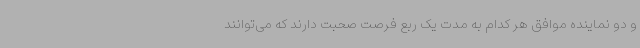
و دو نماینده موافق هر کدام به مدت یک ربع فرصت صحبت دارند که می‌توانند